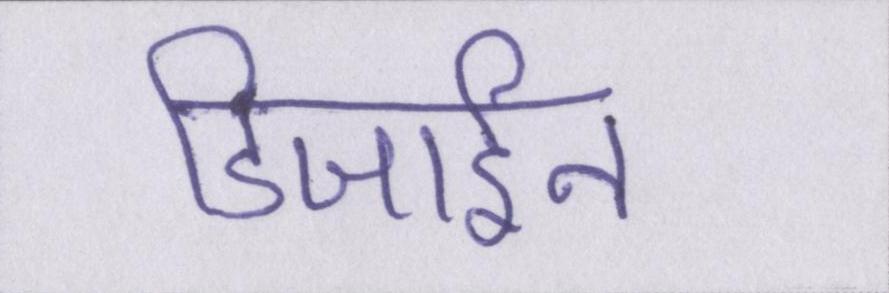
डिजाईन